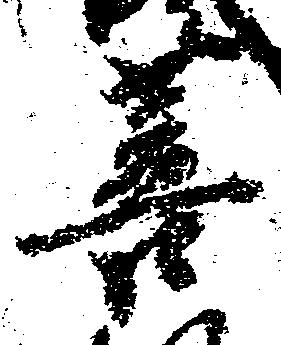
菩